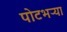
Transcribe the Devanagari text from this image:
पोटभऱ्या